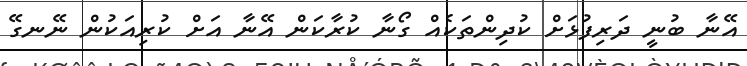
އޭނާ ބުނީ ދަރިފުޅަށް ކުދިންތަކެއް ގޯނާ ކުރާކަން އޭނާ އަށް ކުރިއަކުން ނޭނގޭ